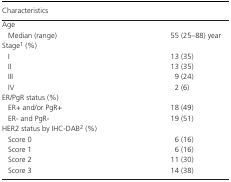
| Characteristics |  |
 | --- | --- |
 | <COLSPAN=2> Age |
 | Median (range) | 55 (25–88) year |
 | <COLSPAN=2> Stagea (%) |
 | I | 13 (35) |
 | II | 13 (35) |
 | III | 9 (24) |
 | IV | 2 (6) |
 | <COLSPAN=2> ER/PgR status (%) |
 | ER+ and/or PgR+ | 18 (49) |
 | ER‐ and PgR‐ | 19 (51) |
 | <COLSPAN=2> HER2 status by IHC‐DABa (%) |
 | Score 0 | 6 (16) |
 | Score 1 | 6 (16) |
 | Score 2 | 11 (30) |
 | Score 3 | 14 (38) |